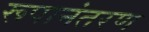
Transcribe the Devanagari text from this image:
रूपानंतरण